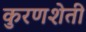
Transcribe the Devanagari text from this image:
कुरणशेती